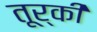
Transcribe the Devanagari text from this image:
तूर्की